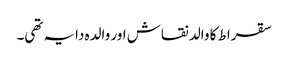
سقراط کا والد نقاش اور والدہ دایہ تھی۔